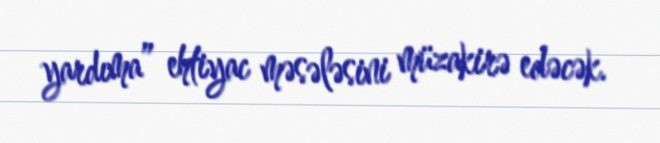
yardıma” ehtiyac məsələsini müzakirə edəcək.